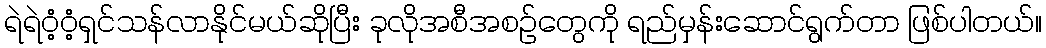
ရဲရဲဝံ့ဝံ့ရှင်သန်လာနိုင်မယ်ဆိုပြီး ခုလိုအစီအစဉ်တွေကို ရည်မှန်းဆောင်ရွက်တာ ဖြစ်ပါတယ်။